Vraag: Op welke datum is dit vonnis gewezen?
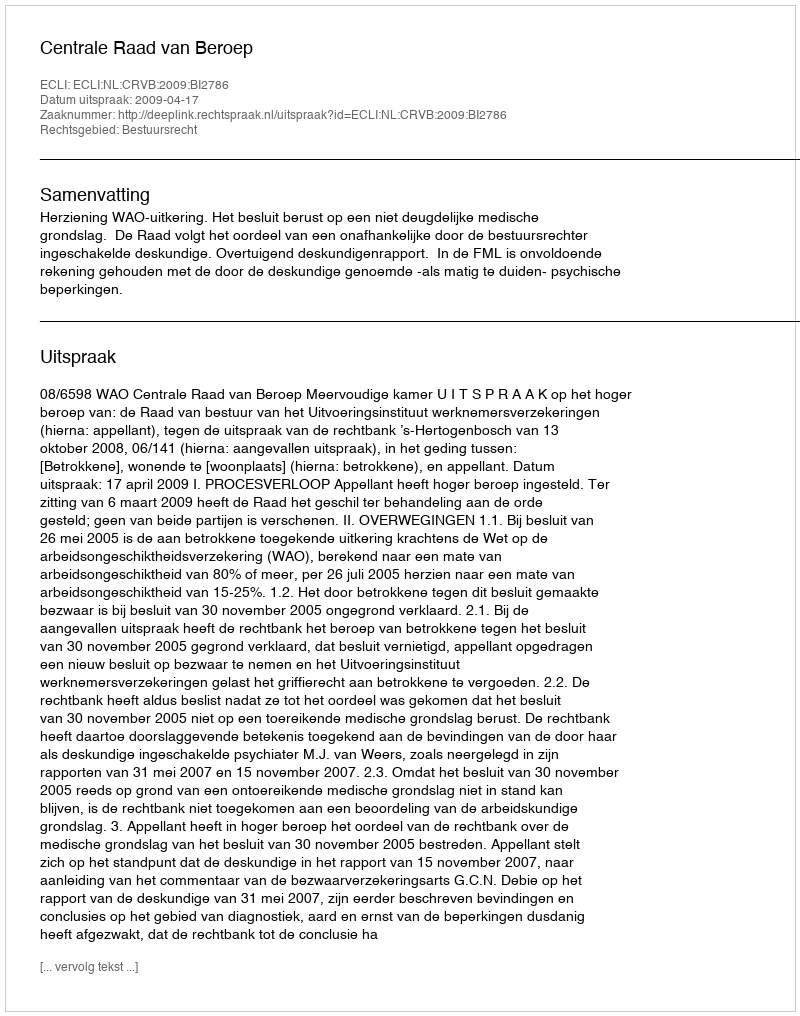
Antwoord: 2009-04-17